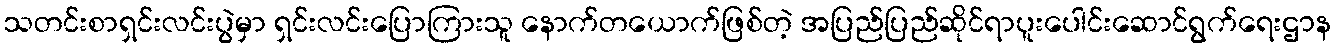
သတင်းစာရှင်းလင်းပွဲမှာ ရှင်းလင်းပြောကြားသူ နောက်တယောက်ဖြစ်တဲ့ အပြည်ပြည်ဆိုင်ရာပူးပေါင်းဆောင်ရွက်ရေးဌာန